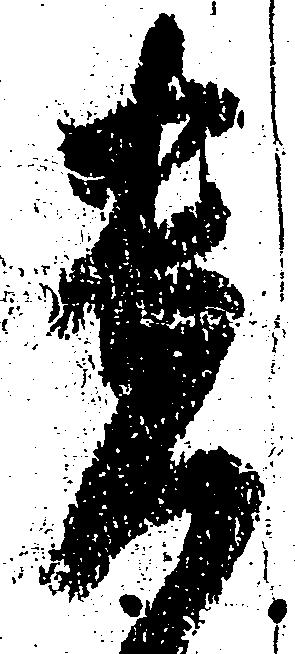
貴